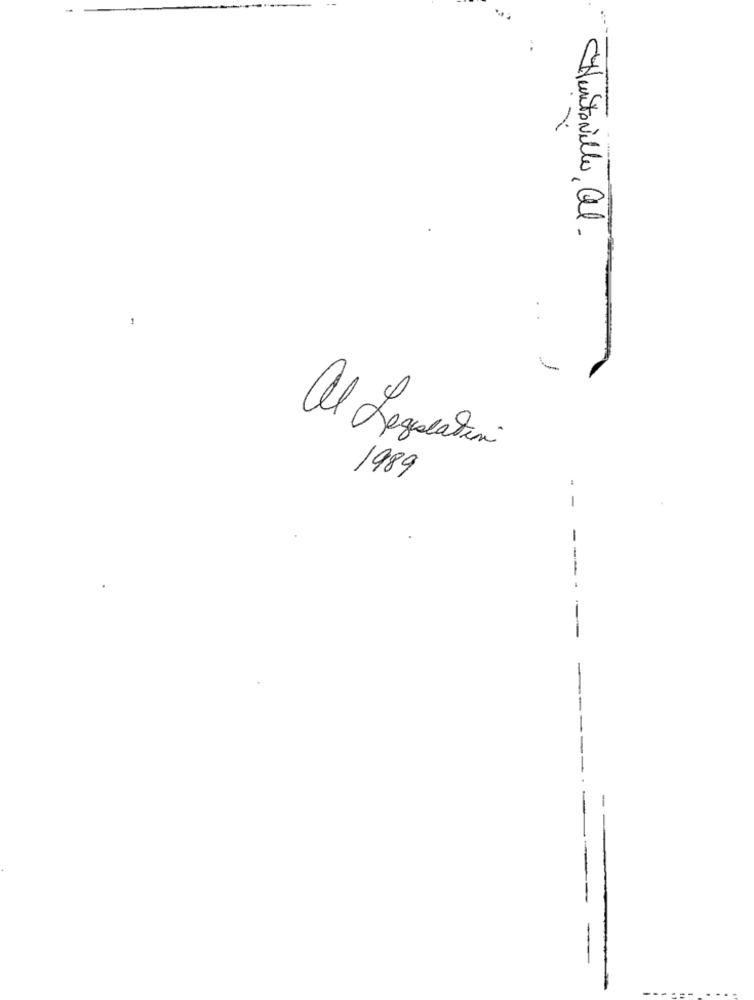
Huntsville, al.
Al Legalation
1989
- -
--